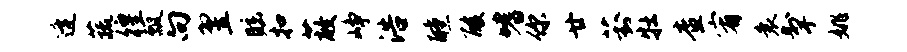
逄蔬徨瓢向翌眩扣蔽峥浩醺酸嗜你廿葑牡查宥衰掣姚